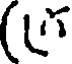
(